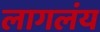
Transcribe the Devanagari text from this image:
लागलंय